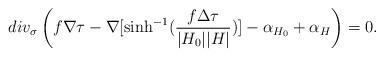
LaTeX: \begin{align*} div_\sigma\left(f \nabla \tau - \nabla [ \sinh^{-1} (\frac{f \Delta \tau }{|H_0||H|})] - \alpha_{H_0} + \alpha_{H}\right)=0.\end{align*}